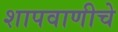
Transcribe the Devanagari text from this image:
शापवाणीचे